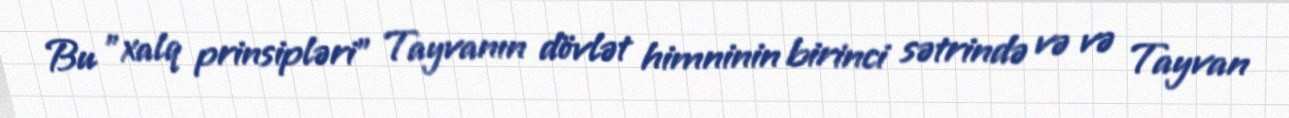
Bu "xalq prinsipləri" Tayvanın dövlət himninin birinci sətrində və və Tayvan